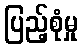
ပြည့်စုံမှု